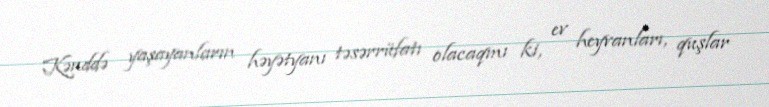
Kənddə yaşayanların həyətyanı təsərrüfatı olacaqmı ki, ev heyvanları, quşlar